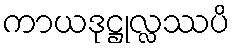
ကာယဒုဋ္ဌုလ္လဿပိ